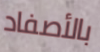
بالأصفاد